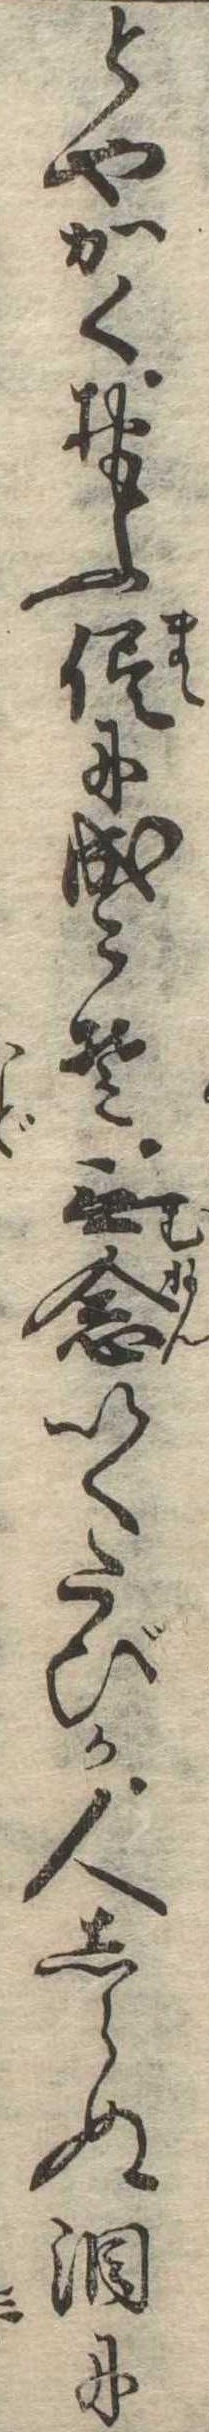
とやかくおもふ侭に成こそ無念いくたびか人しらぬ涙に